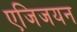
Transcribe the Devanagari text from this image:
एजिजयन